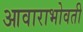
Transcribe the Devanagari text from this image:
आवाराभोवती